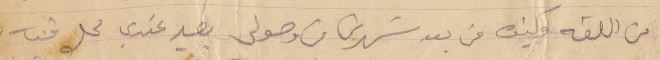
من اللغة وكيف من بعد شهرين من وصولي بيصير عندي محل فيه